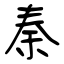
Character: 秦